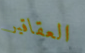
العقاقير